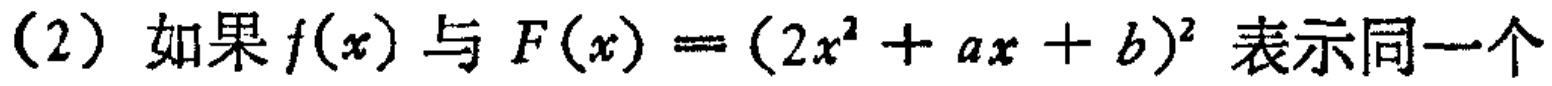
(2) 如果$f(x)$与$F(x)=(2x^{2}+ax + b)^{2}$表示同一个